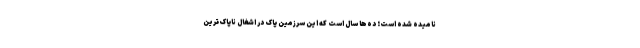
نامیده شده است؛ دَه‌ها سال است که این سرزمین پاک در اشغال ناپاک‌ترین